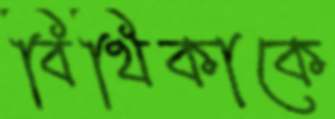
বিথিকাকে